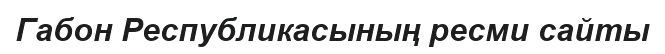
Габон Республикасының ресми сайты